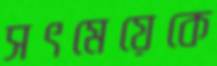
সৎমেয়েকে